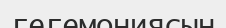
гегемониясын